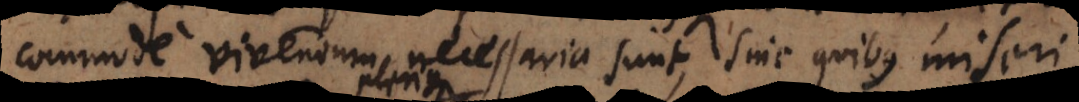
commode vivendum necessaria sunt, sine quibus miseri